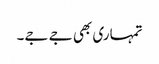
تمہاری بھی جے جے۔